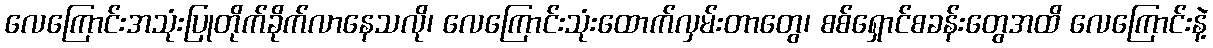
လေကြောင်းအသုံးပြုတိုက်ခိုက်လာနေသလို၊ လေကြောင်းသုံးထောက်လှမ်းတာတွေ၊ စစ်ရှောင်စခန်းတွေအထိ လေကြောင်းနဲ့